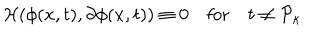
{ \cal H } ( \phi ( x , t ) , \partial \phi ( x , t ) ) \equiv 0 \quad \mathrm { f o r } \quad t \neq { \cal P } _ { \kappa }